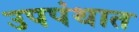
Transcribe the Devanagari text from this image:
उपपंथात